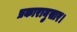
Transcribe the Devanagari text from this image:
प्रकारानुसार।